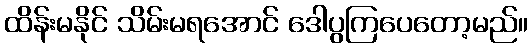
ထိန်းမနိုင် သိမ်းမရအောင် ဒေါပွကြပေတော့မည်။